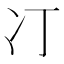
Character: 㓅